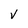
Character: V